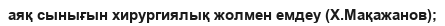
аяқ сынығын хирургиялық жолмен емдеу (Х.Мақажанов);